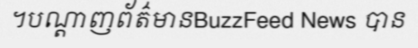
។បណ្តាញព័ត៌មានBuzzFeed News បាន